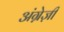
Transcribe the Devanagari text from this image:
अंग्रे़ज़ी